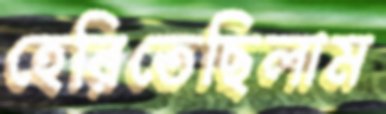
হেরিতেছিলাম